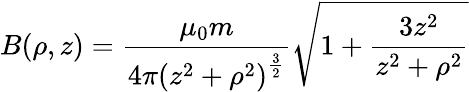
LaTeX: B(\rho,z)={\frac{\mu_{0}m}{4\pi\left(z^{2}+\rho^{2}\right)^{\frac{3}{2}}}}{\sqrt{1+{\frac{3z^{2}}{z^{2}+\rho^{2}}}}}